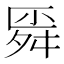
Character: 𰰊